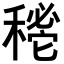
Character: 𥡔